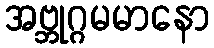
အဗ္ဘုဂ္ဂမမာနော